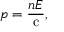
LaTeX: p = { \frac { n E } { \mathrm { c } } } ,